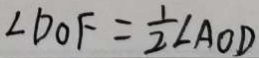
\angle D O F = \frac { 1 } { 2 } \angle A O D